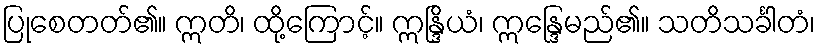
ပြုစေတတ်၏။ ဣတိ၊ ထို့ကြောင့်။ ဣန္ဒြိယံ၊ ဣန္ဒြေမည်၏။ သတိသင်္ခါတံ၊